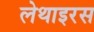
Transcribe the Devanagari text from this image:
लेथाइरस